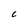
Character: C